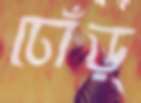
ঢোঁড়্‌